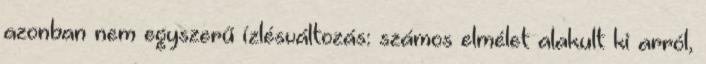
azonban nem egyszerű ízlésváltozás: számos elmélet alakult ki arról,